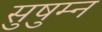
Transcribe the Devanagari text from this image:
सुषुम्न